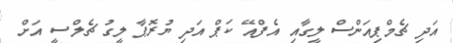
އަދި ޗެމްޕިއަންސް ލީގާއި އެފްއޭ ކަޕް އަދި ޔުރޮޕާ ލީގު ޗެލްސީ އަށް